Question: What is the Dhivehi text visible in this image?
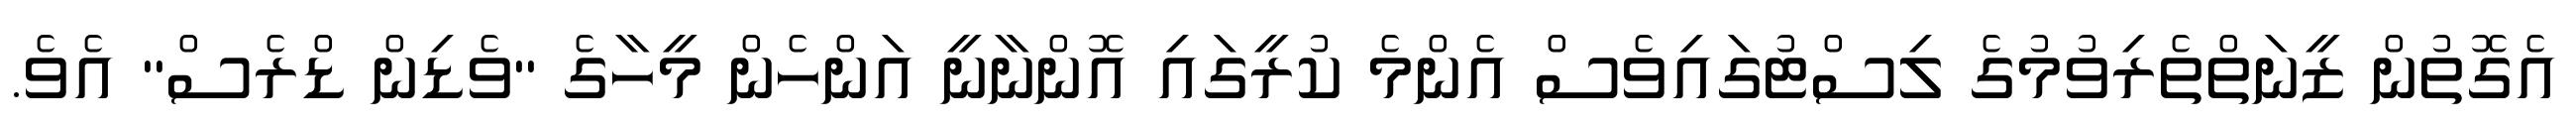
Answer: އެގޮތުން ޒީނަތްތެރިވުމުގެ ލިސްޓުގައިވެސް އެންމެ ކުރީގައި އޮންނާނީ އަންހެން މީހާގެ "ވެޑިން ޑްރެސް" އެވެ.